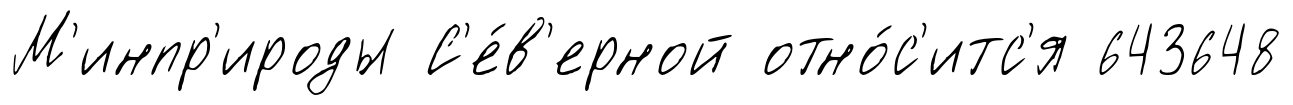
М'инпр'ироды С'е́в'ерной отно́с'итс'я 643648